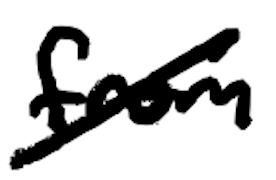
Text: from
Cross-out: diagonal
Writing tool: digital_black